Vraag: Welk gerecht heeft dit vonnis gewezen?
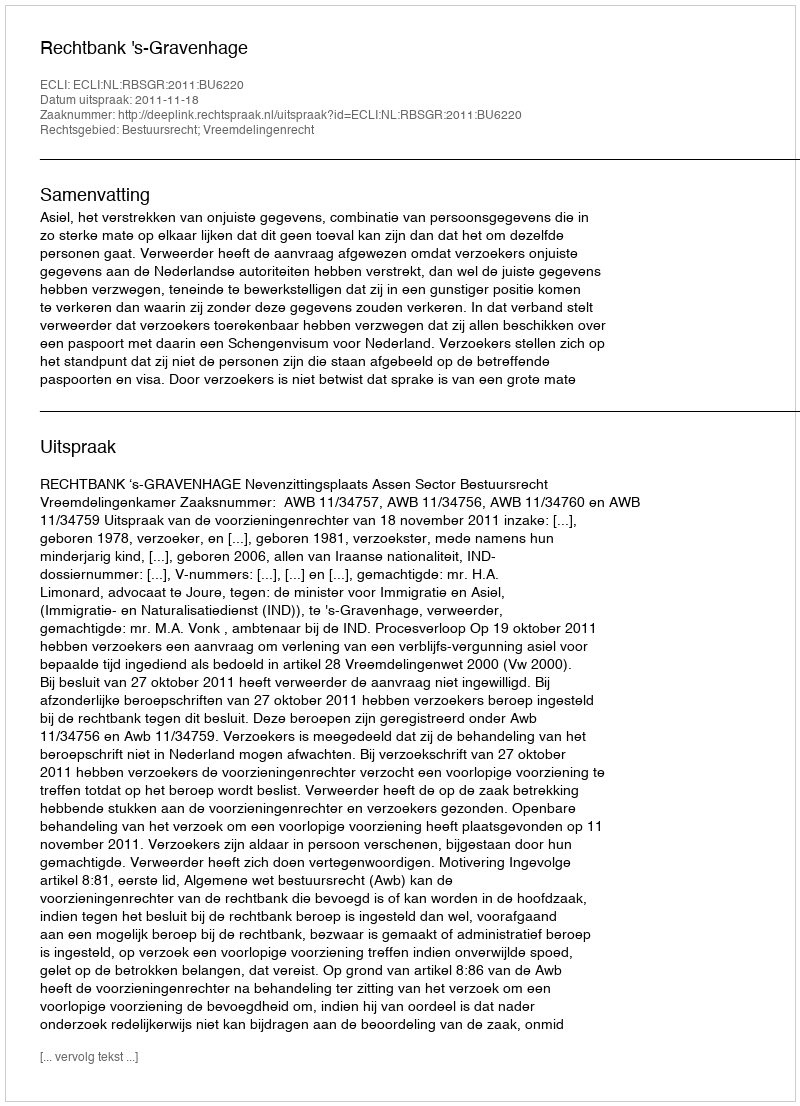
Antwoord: Rechtbank 's-Gravenhage